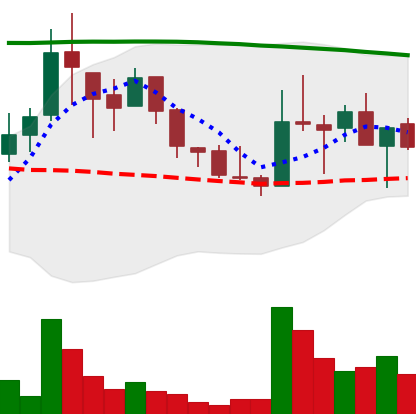
Ticker: LINK-USD
Chart end date: 2018-08-15
Forward return: 11.538%
Label: up_7plus